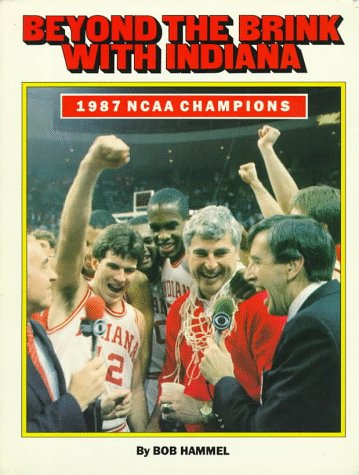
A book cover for Beyond the Brink with Indiana; Bob Hammel; Sports & Outdoors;